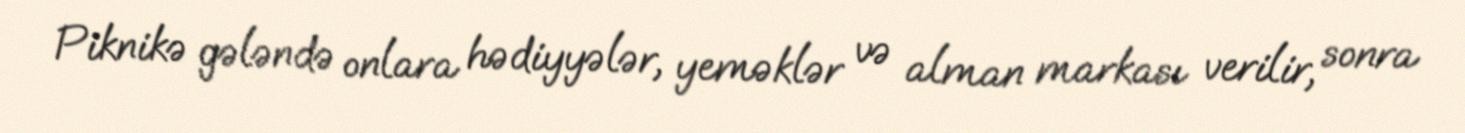
Piknikə gələndə onlara hədiyyələr, yeməklər və alman markası verilir, sonra